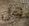
هل